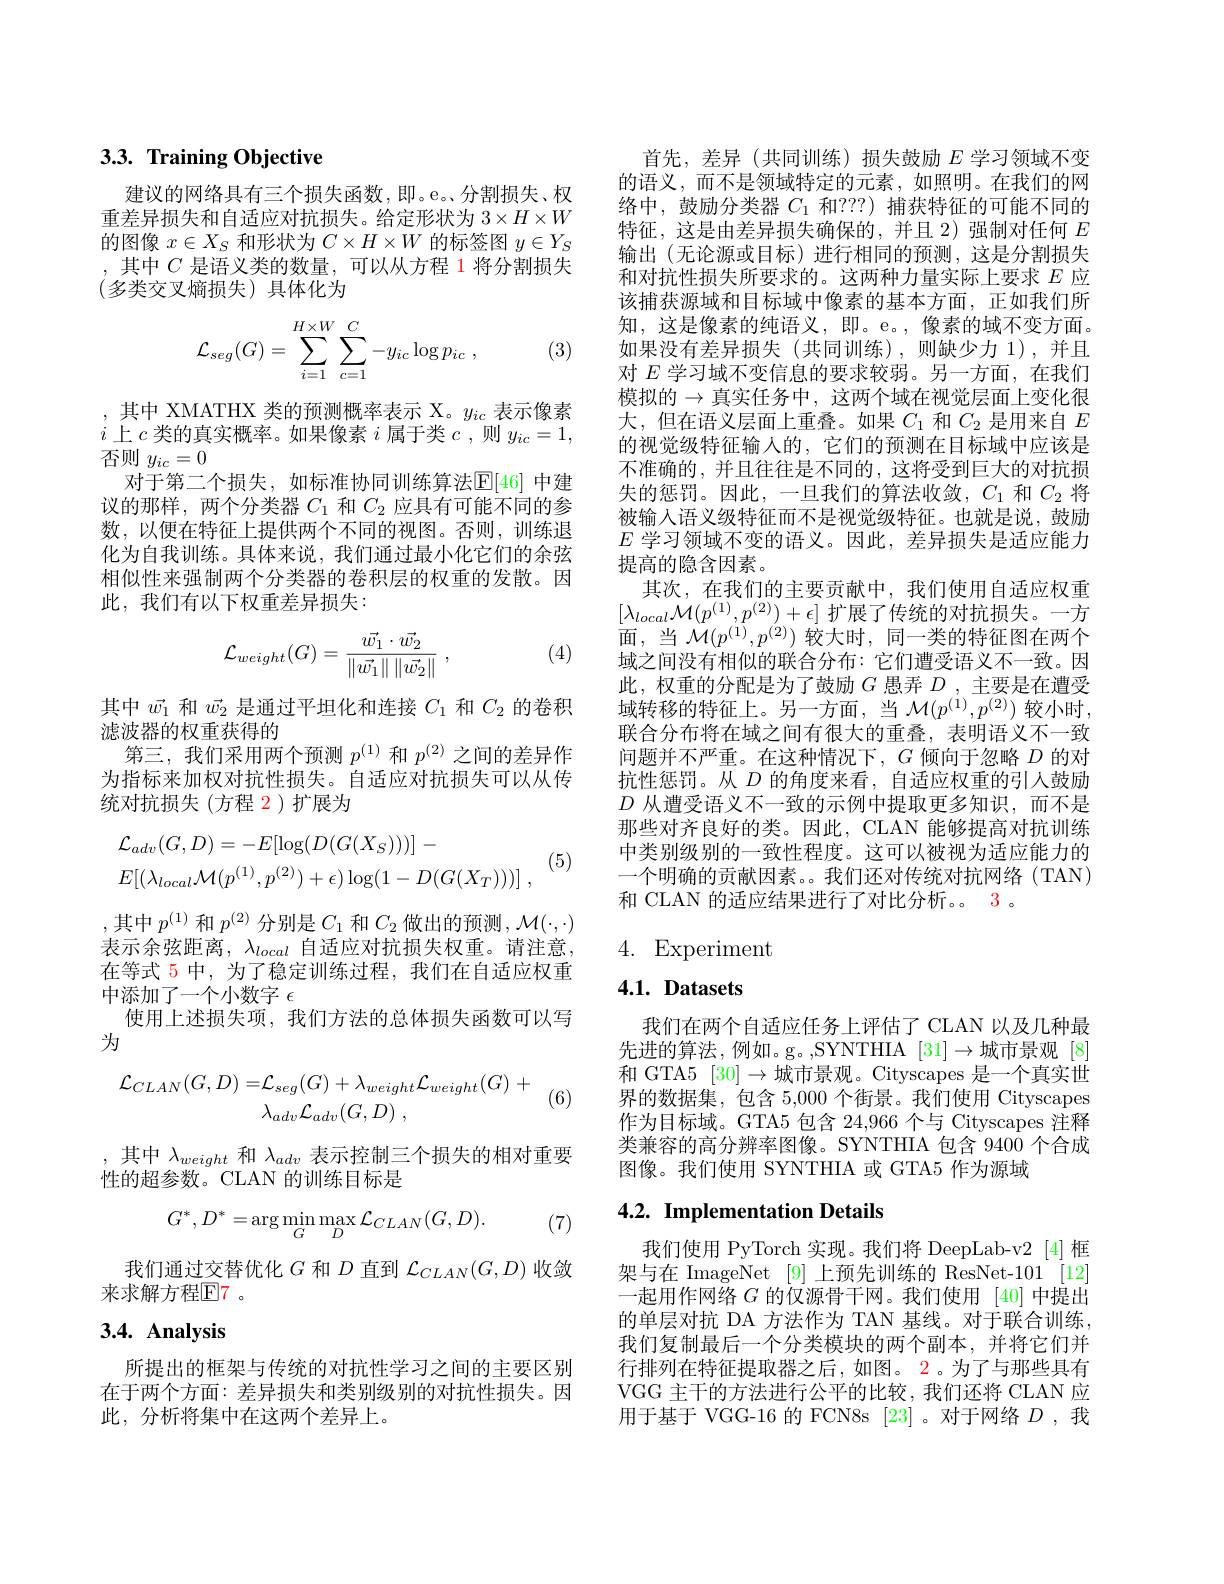
## 3.3. Training Objective

建议的网络具有三个损失函数，即。e。分割损失、权重差异损失和自适应对抗损失。给定形状为$3\times H\times W$ 的图像$x\in X_S$和形状为$C\times H\times W$的标签图$y\in Y_S$ ,其中$C$是语义类的数量，可以从方程 1 将分割损失(多类交叉熵损失)具体化为
$$\mathcal{L}_{seg}(G)=\sum\limits_{i=1}^{H\times W}\sum\limits_{c=1}^{C}-y_{ic}\log p_{ic}\:,$$
(3)

,其中 XMATHX 类的预测概率表示 X。$y_ic$表示像素$i$上$c$类的真实概率。如果像素$i$属于类$c$,则$y_ic=1$, 否则$y_{ic}=0$
对于第二个损失，如标准协同训练算法$\mathbb{E}[46]$ 中建议的那样，两个分类器$C_1$和$C_2$应具有可能不同的参数，以便在特征上提供两个不同的视图。否则，训练退化为自我训练。具体来说，我们通过最小化它们的余弦相似性来强制两个分类器的卷积层的权重的发散。因此，我们有以下权重差异损失：
$$\mathcal{L}_{weight}(G)=\frac{\vec{w_1}\cdot\vec{w_2}}{\left\|\vec{w_1}\right\|\left\|\vec{w_2}\right\|}\:,$$
(4)

其中$\vec{w_1}$和$\vec{w_2}$是通过平坦化和连接$C_1$和$C_2$的卷积
滤波器的权重获得的
第三，我们采用两个预测$p^{(1)}$和$p^{(2)}$之间的差异作为指标来加权对抗性损失。自适应对抗损失可以从传统对抗损失(方程 2)扩展为

(5)
$$\begin{aligned}&\mathcal{L}_{adv}(G,D)=-E[\log(D(G(X_{S})))]\:-\\&E[(\lambda_{local}\mathcal{M}(p^{(1)},p^{(2)})+\epsilon)\log(1-D(G(X_{T})))]\:,\end{aligned}$$
,其中$p^(1)$和$p^(2)$分别是$C_1$和$C_2$做出的预测$,\mathcal{M}(\cdot,\cdot)$ 表示余弦距离，$\lambda_local$ 自适应对抗损失权重。请注意， 在等式 5 中，为了稳定训练过程，我们在自适应权重中添加了一个小数字$\epsilon$
使用上述损失项，我们方法的总体损失函数可以写
为
$$\begin{aligned}\mathcal{L}_{CLAN}(G,D)=&\mathcal{L}_{seg}(G)+\lambda_{weight}\mathcal{L}_{weight}(G)\:+\\&\lambda_{adv}\mathcal{L}_{adv}(G,D)\:,\end{aligned}$$
(6)

,其中$\lambda_weight$ 和$\lambda_{adv}$ 表示控制三个损失的相对重要
性的超参数。CLAN 的训练目标是
$$G^{*},D^{*}=\arg\min_{G}\max_{D}\mathcal{L}_{CLAN}(G,D).$$
(7)

我们通过交替优化$G$和$D$直到$\mathcal{L}_CLAN(G,D)$收敛
来求解方程$\textcircled{\mathrm{F}}7$。

# 3.4. Analysis

所提出的框架与传统的对抗性学习之间的主要区别在于两个方面：差异损失和类别级别的对抗性损失。因此，分析将集中在这两个差异上。

首先，差异(共同训练)损失鼓励$E$学习领域不变的语义，而不是领域特定的元素，如照明。在我们的网络中，鼓励分类器$C_{1}$和？?) 捕获特征的可能不同的特征，这是由差异损失确保的，并且 2)强制对任何$E$ 输出(无论源或目标)进行相同的预测，这是分割损失和对抗性损失所要求的。这两种力量实际上要求$E$应该捕获源域和目标域中像素的基本方面，正如我们所知，这是像素的纯语义，即。e。,像素的域不变方面。如果没有差异损失(共同训练),则缺少力 1),并且对$E$学习域不变信息的要求较弱。另一方面，在我们模拟的$\to$真实任务中，这两个域在视觉层面上变化很大，但在语义层面上重叠。如果$C_1$和$C_2$是用来自$E$ 的视觉级特征输人的，它们的预测在目标域中应该是不准确的，并且往往是不同的，这将受到巨大的对抗损失的惩罚。因此，一旦我们的算法收敛，$C_1$和$C_2$将被输入语义级特征而不是视觉级特征。也就是说，鼓励$E$学习领域不变的语义。因此，差异损失是适应能力提高的隐含因素。
其次，在我们的主要贡献中，我们使用自适应权重$[\lambda_{local}\mathcal{M}(p^{(1)},p^{(2)})+\epsilon]$扩展了传统的对抗损失。一方面，当$\mathcal{M}(p^{(1)},p^{(2)})$较大时，同一类的特征图在两个域之间没有相似的联合分布：它们遭受语义不一致。因此，权重的分配是为了鼓励$G$愚弄$D$ ,主要是在遭受域转移的特征上。另一方面，当 $\mathcal{M}(p^{(1)},p^{(2)})$ 较小时， 联合分布将在域之间有很大的重叠，表明语义不一致问题并不严重。在这种情况下，$G$倾向于忽略$D$的对抗性惩罚。从$D$的角度来看，自适应权重的引人鼓励$D$从遭受语义不一致的示例中提取更多知识，而不是那些对齐良好的类。因此，CLAN 能够提高对抗训练中类别级别的一致性程度。这可以被视为适应能力的一个明确的贡献因素。。我们还对传统对抗网络(TAN) 和 CLAN 的适应结果进行了对比分析。。3。

## 4. Experiment

# $4. 1. \textbf{ Datasets}$

我们在两个自适应任务上评估了 CLAN 以及几种最先进的算法，例如。g。,SYNTHIA [31]→城市景观[8] 和 GTA5 [30]→城市景观。Cityscapes 是一个真实世界的数据集，包含 5,000 个街景。我们使用 Cityscapes 作为目标域。GTA5 包含 24,966 个与 Cityscapes 注释类兼容的高分辨率图像。SYNTHIA 包含 9400 个合成图像。我们使用 SYNTHIA 或 GTA5 作为源域

## 4.2. Implementation Details

我们使用 PyTorch 实现。我们将 DeepLab-v2 [4] 框架与在 ImageNet [9] 上预先训练的 ResNet-101 [12] 一起用作网络$G$的仅源骨干网。我们使用 [40]中提出的单层对抗 DA 方法作为 TAN 基线。对于联合训练， 我们复制最后一个分类模块的两个副本，并将它们并行排列在特征提取器之后，如图。2。为了与那些具有VGG 主干的方法进行公平的比较，我们还将 CLAN 应用于基于 VGG-16 的 FCN8s [23] 。对于网络$D$ ,我